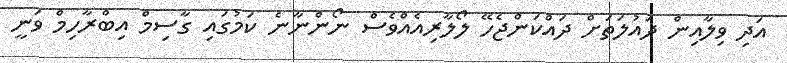
އަދި ވިލާއިން ދައުލަތަށް ދައްކަންޖެހޭ ލޯލާރިއެއްވެސް ނޯންނާނެ ކަމުގައި ގާސިމް އިބްރާހިމް ވަނީ